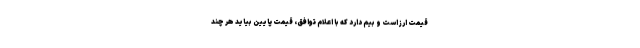
قیمت ارز است و بیم دارد که با اعلام توافق، قیمت پایین بیاید هر چند